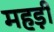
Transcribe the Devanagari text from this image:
महड़ी